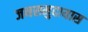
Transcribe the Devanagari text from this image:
जनसमुदायास